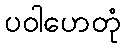
ပဝါဟေတုံ